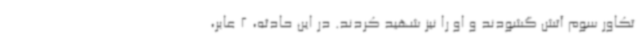
تکاور سوم آتش گشودند و او را نیز شهید کردند. در این حادثه، 2 عابر،